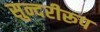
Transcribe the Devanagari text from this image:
सुन्दरीरूप